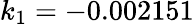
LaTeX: k_{1}=-0.002151